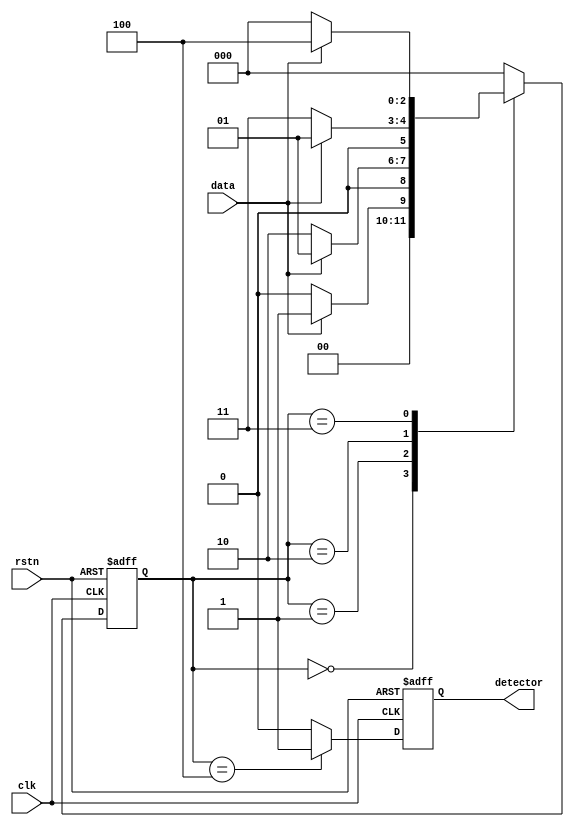
`timescale 1ns / 1ps
//////////////////////////////////////////////////////////////////////////////////
// Company: 
// Engineer: 
// 
// Design Name: 
// Module Name: moore_non_over
// Project Name: 
// Target Devices: 
// Tool Versions: 
// Description: 
// 
// Dependencies: 
// 
// Revision:
// Revision 0.01 - File Created
// Additional Comments:
// 
//////////////////////////////////////////////////////////////////////////////////



module moore_non_over(
input data,
input clk,
input rstn,
output reg detector
);
 parameter STATE_1=3'b000;
 parameter STATE_2=3'b001;
 parameter STATE_3=3'b010;
 parameter STATE_4=3'b011;
 parameter STATE_5=3'b100;
 
 reg [2:0] state;
 
 always @(posedge clk, negedge rstn) begin
    if (!rstn) begin
	    state<= STATE_1;
		detector<=1'b0;
	end else begin
	    case(state)                          // for data 1001
		    STATE_1: begin
			    if (data) begin
				    detector<=1'b0;
					state<=STATE_2;
				end else begin
				    detector<=1'b0;
					state<=STATE_1;
				end
			end
			STATE_2: begin
			    if (data) begin
				    detector<=1'b0;
					state<=STATE_2;
				end else begin
				    detector<=1'b0;
                    state<=STATE_3;
                end
            end
            STATE_3: begin
                if (data) begin
                    detector<=1'b0;
                    state<=STATE_2;
                end else begin
                    detector<=1'b0;
                    state<=STATE_4;
                end
            end
            STATE_4: begin
                if (data) begin
                    detector<=1'b0;
                    state<=STATE_5;
                end else begin
                    detector<=1'b0;
                    state<=STATE_1;
                end
            end
            STATE_5: begin
                if (data) begin
                    detector<=1'b1;
                    state<=STATE_1;
                end else begin
                    detector<=1'b1;
                    state<=STATE_1;
                end
            end
            default: begin
                detector<=1'b0;
                state<=STATE_1;
            end
        endcase
    end
end
endmodule